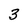
Character: 3